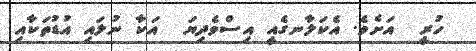
ހުރީ  އަށެވެ. އެކަލާނގެއީ އިސްވެދިޔަ  އަކާ ނުލައި އުޑުތަކާއި